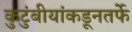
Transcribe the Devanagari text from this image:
कुटुंबीयांकडूनतर्फे